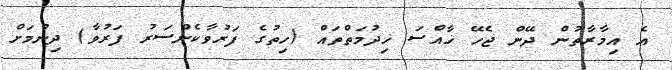
އެ އިމާރާތުން ދޭން ޖެހޭ ޚާއްސަ ޚިދުމަތްތައް (ހިތުގެ ފަރުވާކެންސަރު ފަރުވާ) ދިނުމަށް